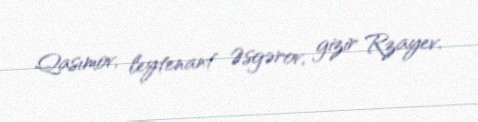
Qasımov, leytenant Əsgərov, gizir Rzayev.